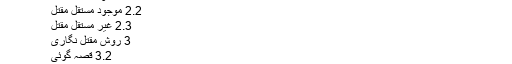
2 تقسیمات
2.1 مفقود مستقل مقتل
2.2 موجود مستقل مقتل
2.3 غیر مستقل مقتل
3 روش مقتل نگاری
3.2 قصہ گوئی
4 غیر معتبر مقتل
لغوی اعتبار سے مقتل قتل کے مادے سے مَفعل کے وزن پر اسم مکان ہے جس کا معنی قتل کی جگہ ہے۔